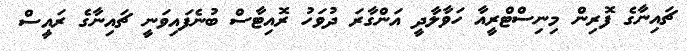
ޗައިނާގެ ފޮރިން މިނިސްޓްރީއާ ހަވާލާދީ އަންގާރަ ދުވަހު ރޮއިޓާސް ބުނެފައިވަނީ ޗައިނާގެ ރައީސް